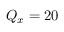
Q _ { x } = 2 0